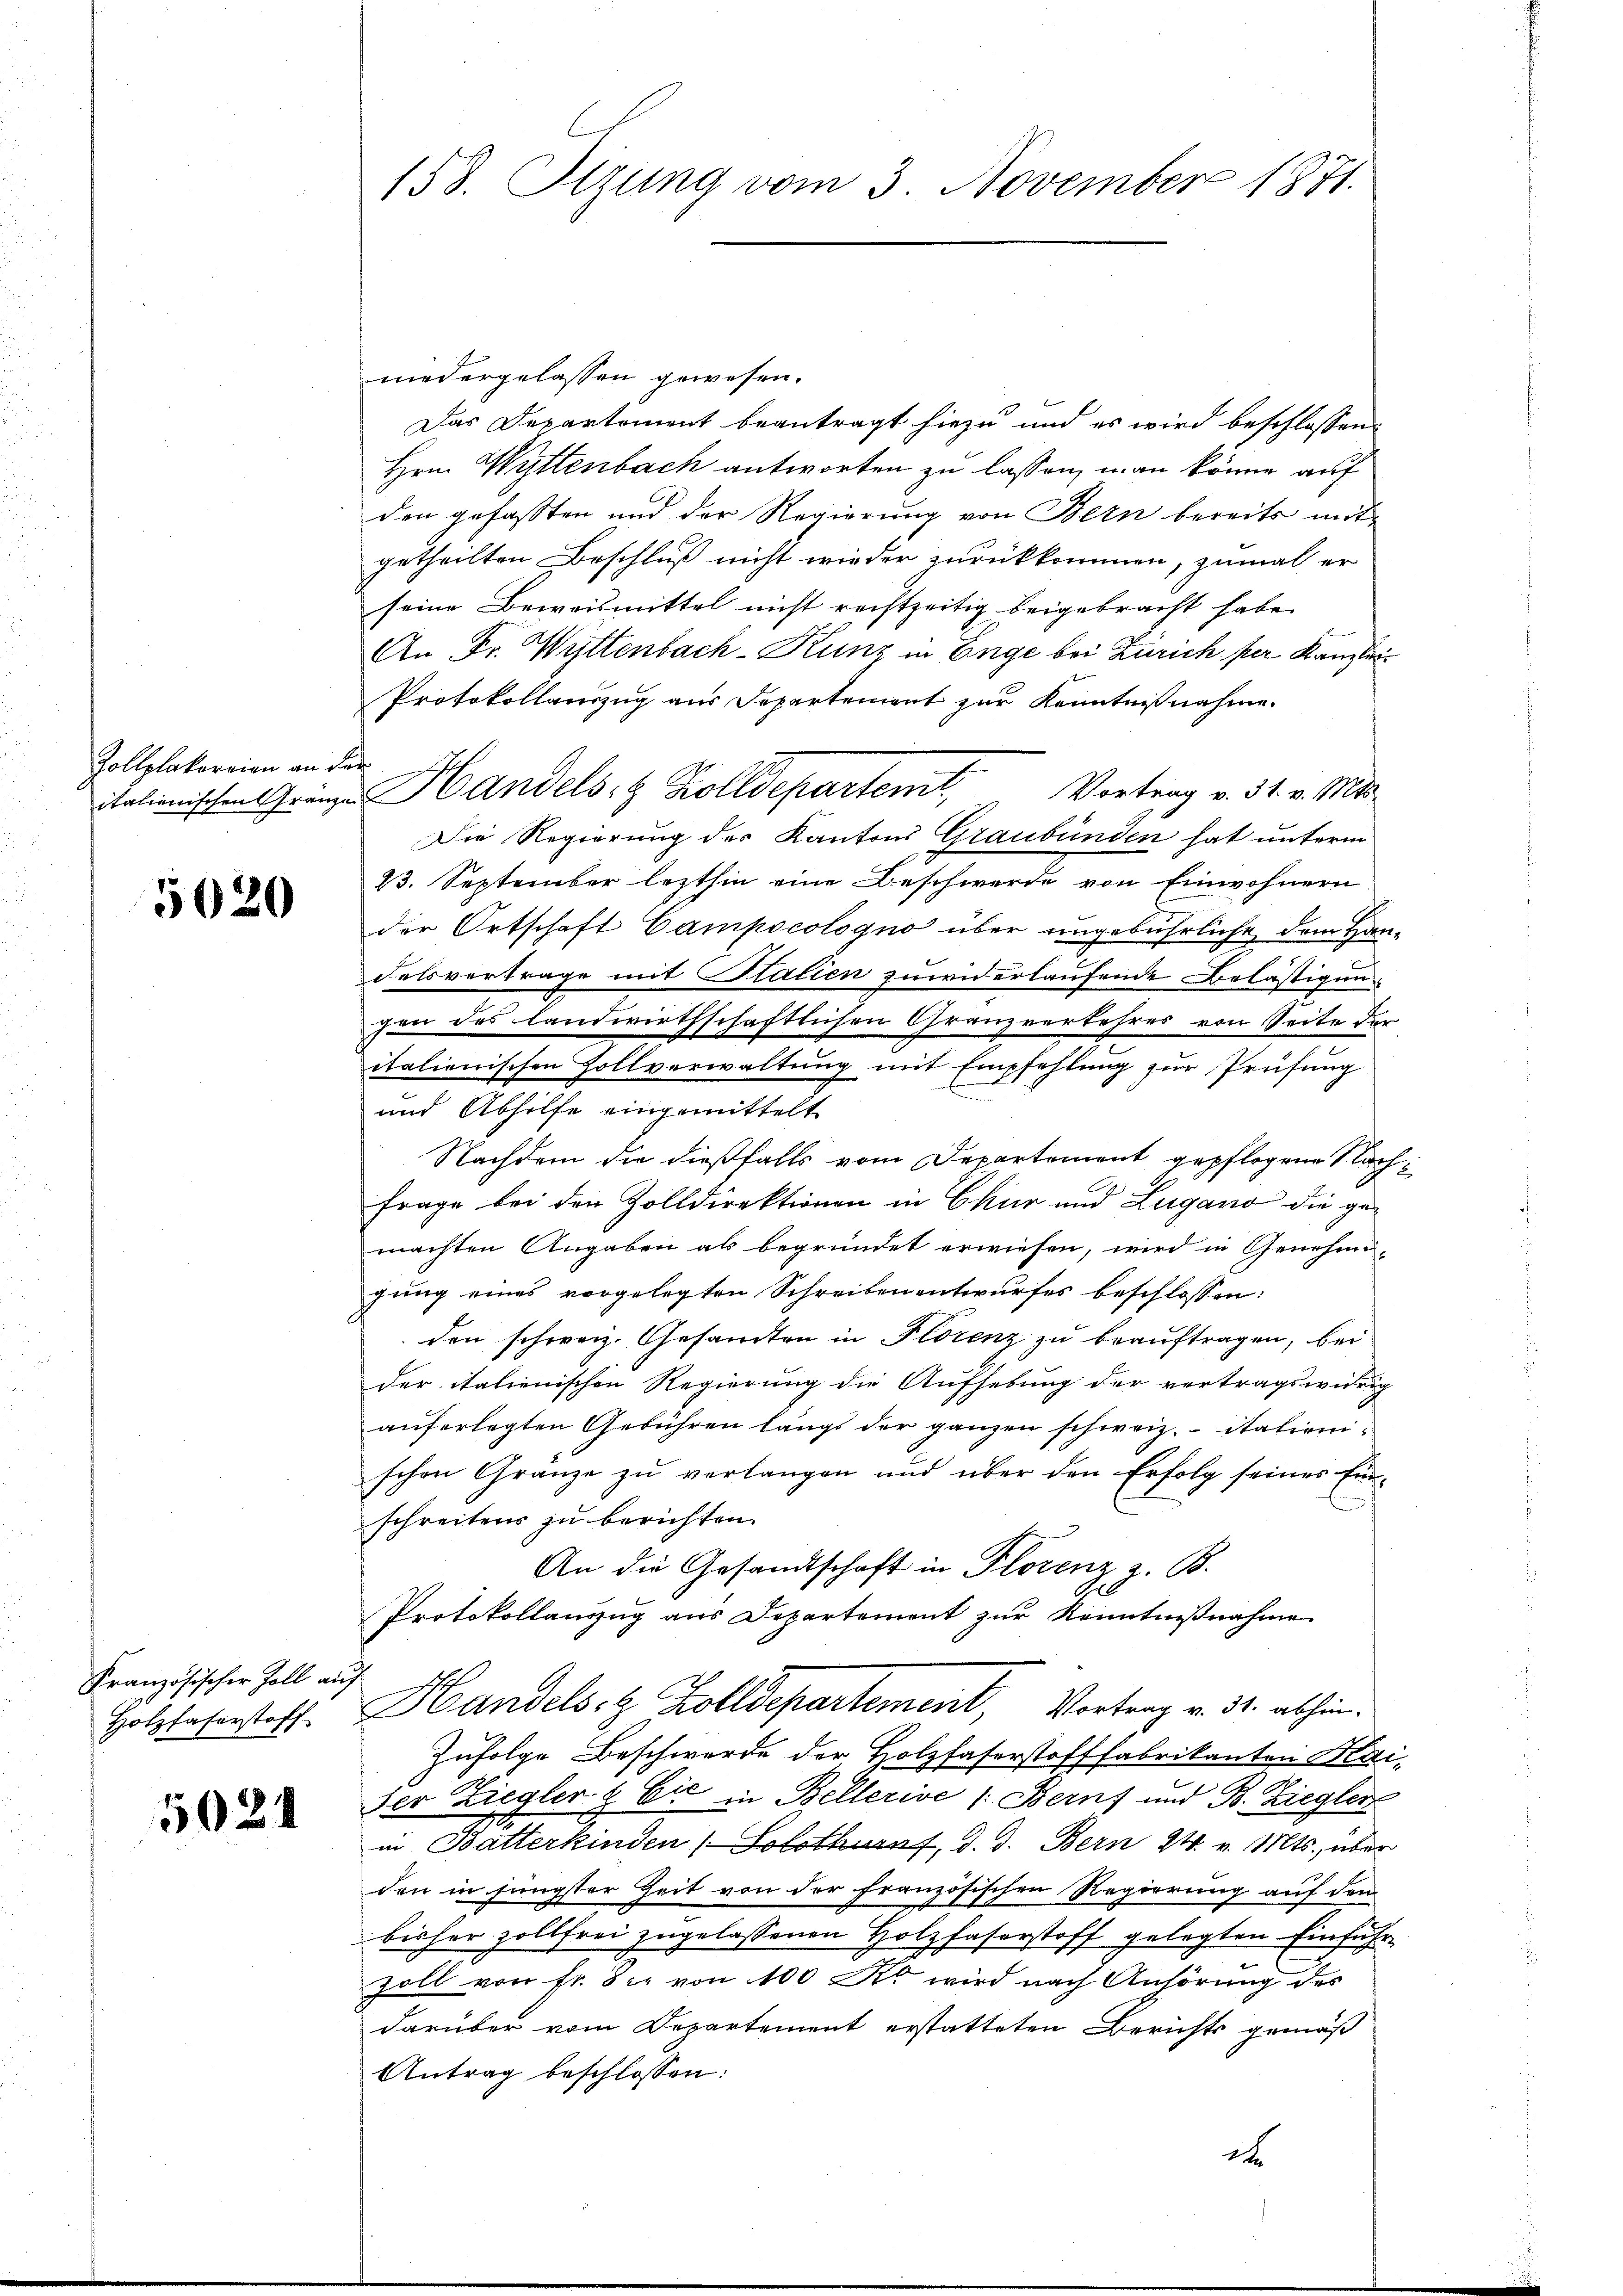
Zollplakoreien an der

5020

niedergelassen gewesen.
Das Departement beantragt hiezu und es wird beschlossen:
Hrn. Wyttenbach antworten zu lassen, man könne auf
den gefassten und der Regierung von Bern bereits mitgetheilten Beschluß nicht wieder zurückkommen, zumal er
seine Beweismittel nicht rechtzeitig beigebracht habe.
An Fr. Wittenbach-Kunz in Enge bei Zürich per Kanzlei
Protokollauszug aus Departement zur Kenntnißnahme.
italienischen Gränze Handels- & Zolldepartent, Vortrag v. 31. v. Mts.
Die Regierung der Kantons Graubünden hat unterm
13. September lezthin eine Beschwerde von Einwohnern
der Ortschaft Campocologno über ungebührliche dem Han-
delsvertrage mit Stalien zuwiderlaufende Belästigungen des landwirthschaftlichen Granzverkehres von Seite der
italienischen Zollverwaltung mit Empfehlung zur Prüfung
und Abhilfe eingemittelt
Nachdem die dießfalls vom Departement gepflogene Nach¬
A
Frage bei den Zolldirektionen in Chur und Zugano die gemachten Angaben als begründet erwiesen, wird in Genehmi-
gung eines vorgelegten Schreiben entwurfes beschlossen:
den schweiz. Gesandten in Florenz zu beauftragen, bei
der italienischen Regierung die Aufhebung der vertragswidrig
auferlegten Gebühren längs der ganzen schweiz. italienischen Gränze zu verlangen und über den Erfolg seines Einschreitens zu berichten.
An die Gesandtschaft in Florenz z. B.
Protokollauszug aus Departement zur Kenntnißnahme
Handels- & Zolldepartement, Vortrag v. 32. abhin.
Zufolge Beschwerde der Holzfaserstofffabrikanten Kaider Ziegler & Cie in Bellerive (Berns und B. Ziegler
in Batterkinden ( Solothurn, d. d. Bern 24. v. Mts., über
den in jüngster Zeit von der französischen Regierung auf den
bisher zollfrei zugelassenen Holzfaserstoff gelegten Einführ
Zoll von Fr. Sie von 100 Xr wird nach Anhörung des
darüber vom Departement erstatteten Berichts gemäß
Antrag beschlossen:

Französischer Zoll auf
Holzfaserstoff

502

158. Sizung vom 3. November 1871.